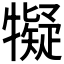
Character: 𱭱